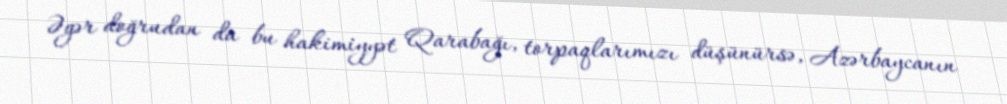
Əgər doğrudan da bu hakimiyyət Qarabağı, torpaqlarımızı düşünürsə, Azərbaycanın